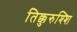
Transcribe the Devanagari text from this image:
तिक्कुरुश्शि